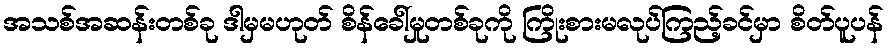
အသစ်အဆန်းတစ်ခု ဒါမှမဟုတ် စိန်ခေါ်မှုတစ်ခုကို ကြိုးစားမလုပ်ကြည့်ခင်မှာ စိတ်ပူပန်